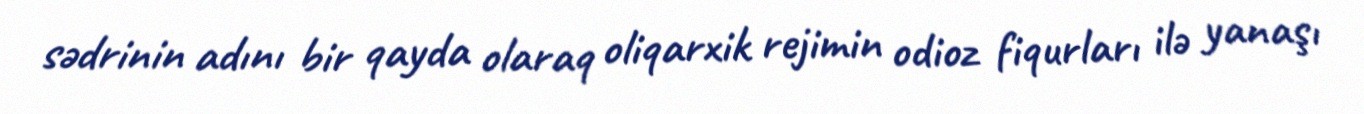
sədrinin adını bir qayda olaraq oliqarxik rejimin odioz fiqurları ilə yanaşı